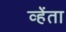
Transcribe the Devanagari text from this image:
व्हेंता